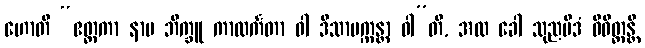
ဟောတိ “ဧတ္တကာ နာမ ဘိက္ခူ ကာလင်္ကတာ ဝါ ဒိသာပက္ကန္တာ ဝါ”တိ, အထ ခေါ သုညမိဒံ ဝိဝိတ္တန္တိ